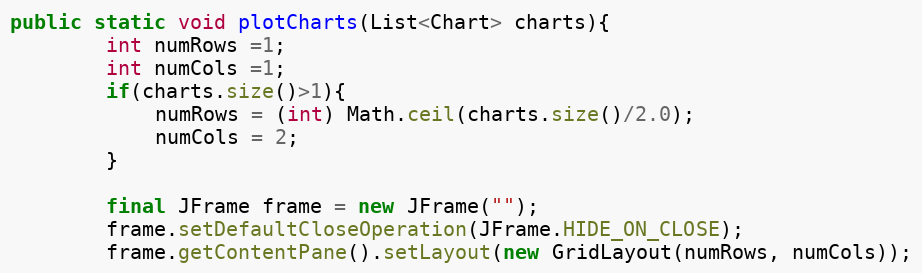
Language: Java
public static void plotCharts(List<Chart> charts){
		int numRows =1;
		int numCols =1;
		if(charts.size()>1){
			numRows = (int) Math.ceil(charts.size()/2.0);
			numCols = 2;
		}

	    final JFrame frame = new JFrame("");
	    frame.setDefaultCloseOperation(JFrame.HIDE_ON_CLOSE);
        frame.getContentPane().setLayout(new GridLayout(numRows, numCols));